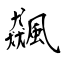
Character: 飆